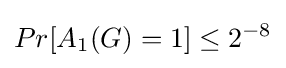
Pr[A_{1}(G)=1]\leq 2^{-8}